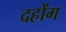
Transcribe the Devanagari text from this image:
दहोंग